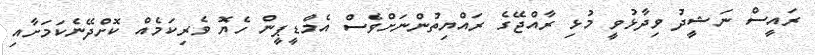
ރައީސް ނަޝީދު ވިދާޅުވީ މުޅި ރާއްޖޭގެ ރައްޔިތުންނަށްވެސް އެމްޑީޕީން ހެޔޮ ވެރިކަމެއް ކޮށްދޭނެކަމަށާއި